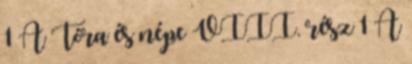
1 A Tóra és népe VIII. rész 1 A